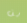
لن